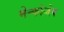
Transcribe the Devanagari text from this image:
मेन्कोजेब